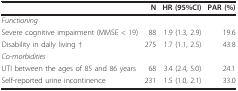
|  | N | HR (95%CI) | PAR (%) |
 | --- | --- | --- | --- |
 | Functioning |  |  |  |
 | Severe cognitive impairment (MMSE < 19) | 88 | 1.9 (1.3, 2.9) | 19.6 |
 | Disability in daily living † | 275 | 1.7 (1.1, 2.5) | 43.8 |
 | Co-morbidities |  |  |  |
 | UTI between the ages of 85 and 86 years | 68 | 3.4 (2.4, 5.0) | 24.1 |
 | Self-reported urine incontinence | 231 | 1.5 (1.0, 2.1) | 33.0 |